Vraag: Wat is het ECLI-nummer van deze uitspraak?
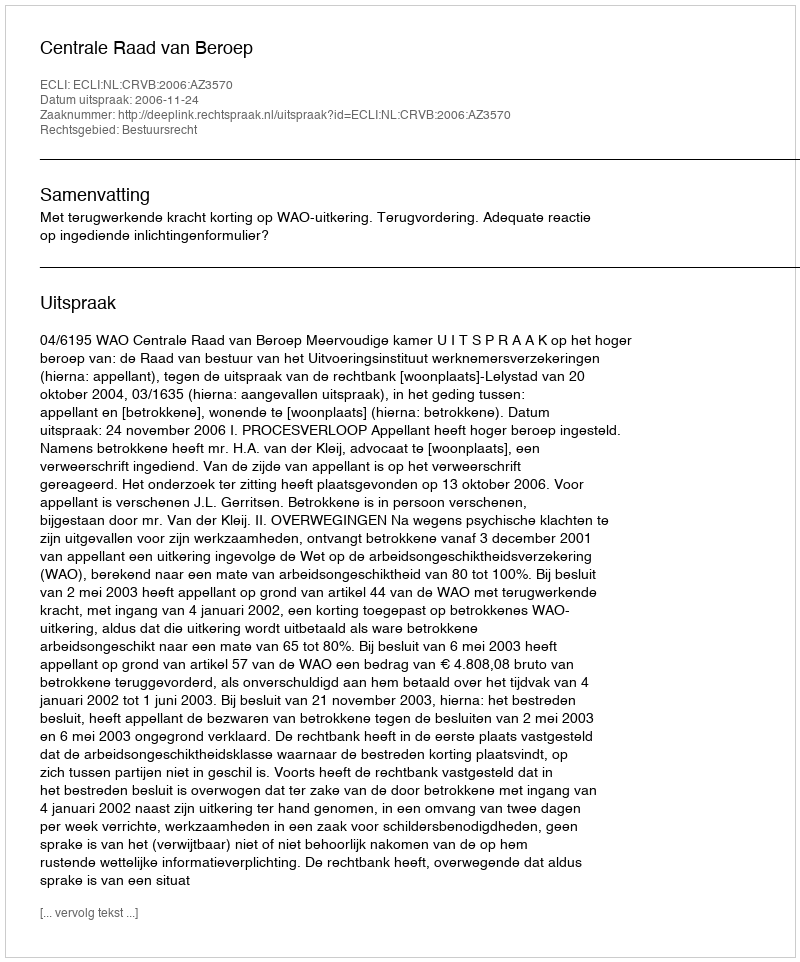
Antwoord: ECLI:NL:CRVB:2006:AZ3570